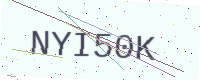
Text: NYI50K